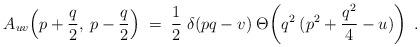
LaTeX: \begin{align*}A_{uv}\!\left(p+\frac{q}{2},\:p-\frac{q}{2}\right) \;=\; \frac{1}{2}\;\delta(pq-v)\; \Theta\!\left(q^2\:(p^2+\frac{q^2}{4}-u)\right) \;.\end{align*}